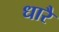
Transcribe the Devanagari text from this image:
धारै